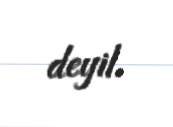
deyil.